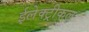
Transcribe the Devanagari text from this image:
ईलेक्ट्रीकल